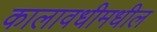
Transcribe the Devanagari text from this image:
कालावधीमधील